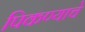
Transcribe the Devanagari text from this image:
पिकण्याचे